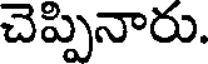
చెప్పినారు.